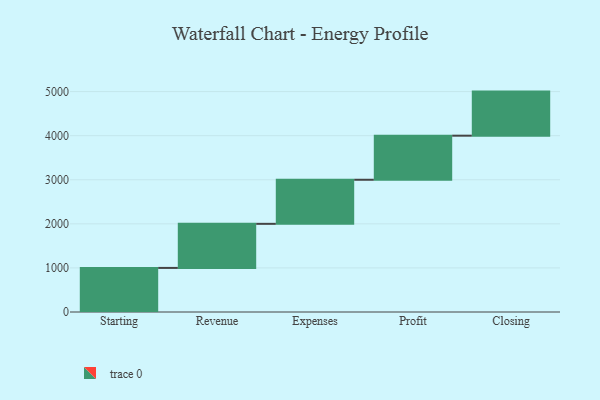
{"axis": {"x": "Step", "y": "Value"}, "legend": [""], "data": [{"x": "Starting", "y": 1000, "type": ""}, {"x": "Revenue", "y": 1000, "type": ""}, {"x": "Expenses", "y": 1000, "type": ""}, {"x": "Profit", "y": 1000, "type": ""}, {"x": "Closing", "y": 1000, "type": ""}]}